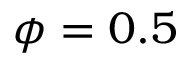
\phi = 0 . 5